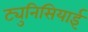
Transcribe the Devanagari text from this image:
ट्युनिसियाई